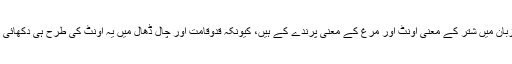
فارسی زبان میں شتر کے معنی اونٹ اور مرغ کے معنی پرندے کے ہیں، کیونکہ قدوقامت اور چال ڈھال میں یہ اونٹ کی طرح ہی دکھائی دیتا ہے۔